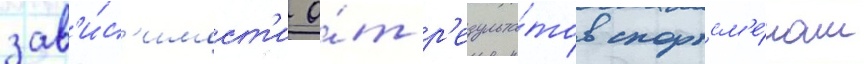
зав'и́с'имост'и о́т р'езульта́тов спортсм'е́нам